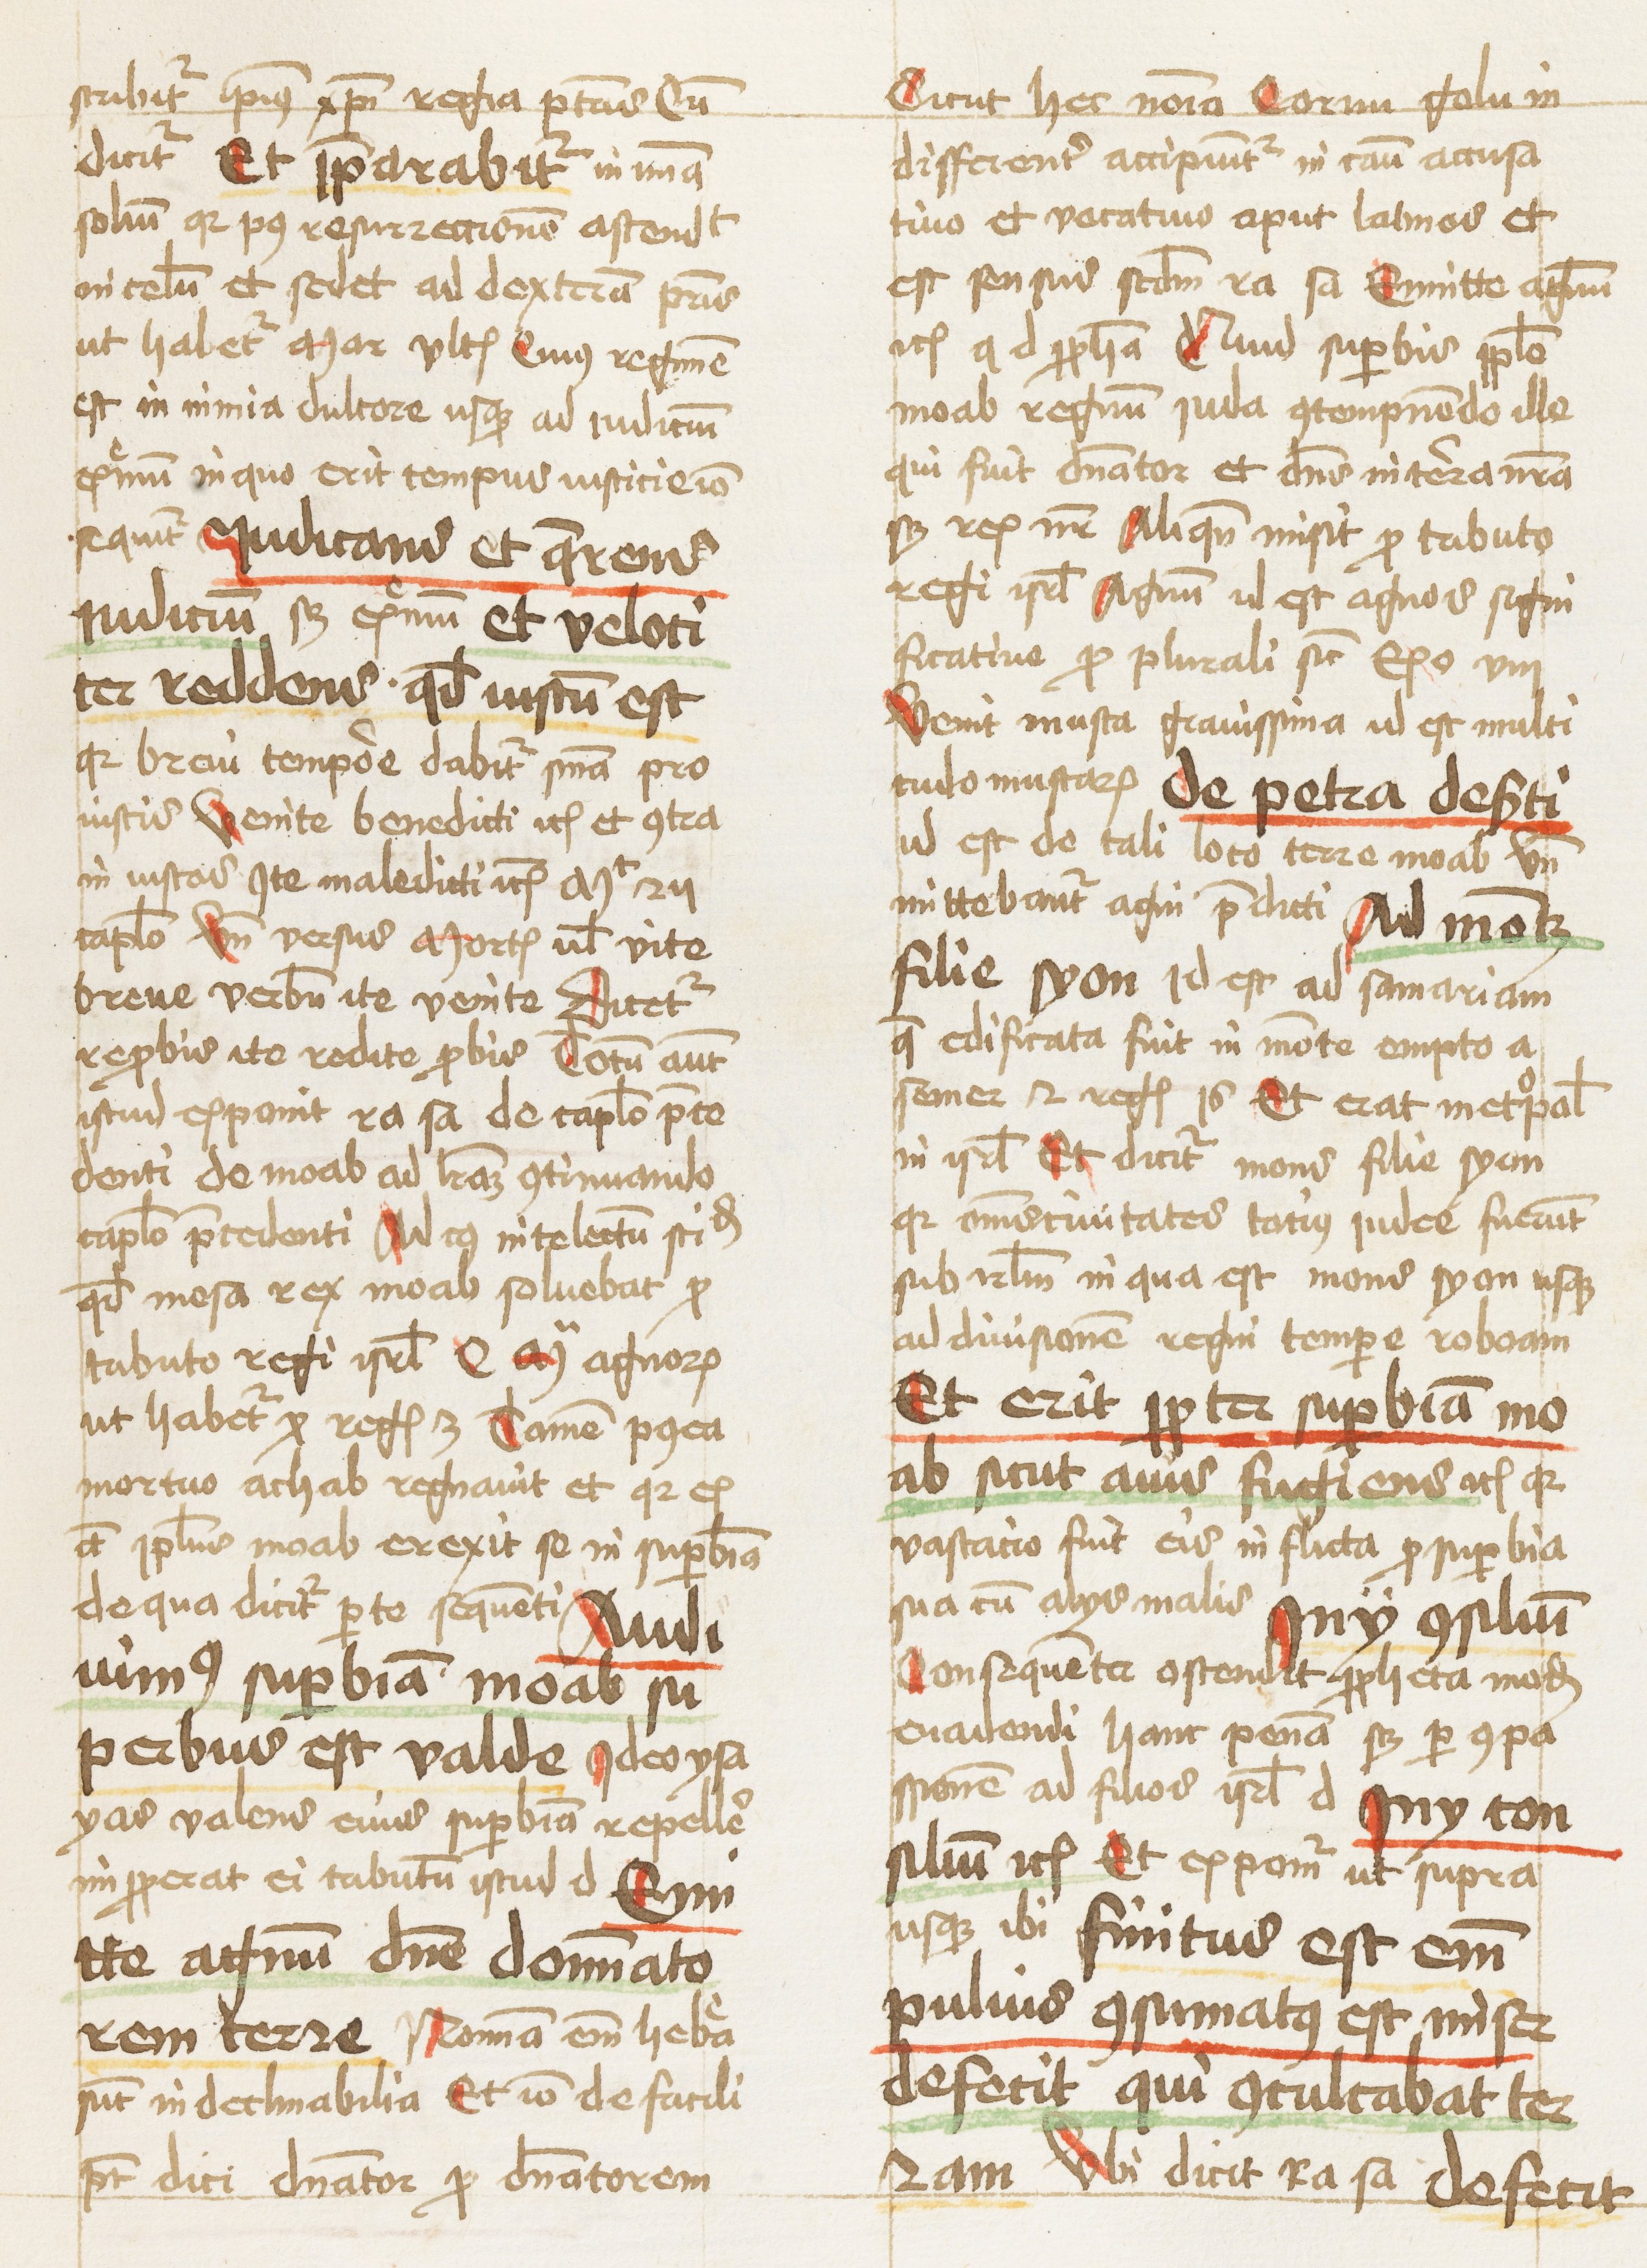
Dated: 1459–1459